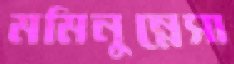
মমিনুন্নেসা